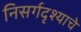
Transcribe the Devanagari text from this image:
निसर्गदृश्याचे